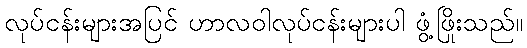
လုပ်ငန်းများအပြင် ဟာလဝါလုပ်ငန်းများပါ ဖွံ့ဖြိုးသည်။